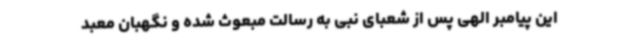
این پیامبر الهی پس از شعبای نبی به رسالت مبعوث شده و نگهبان معبد